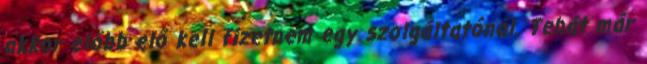
akkor előbb elő kell fizetnem egy szolgáltatónál. Tehát már